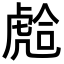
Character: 𧇎